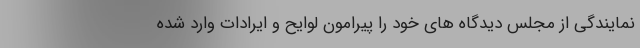
نمایندگی از مجلس دیدگاه های خود را پیرامون لوایح و ایرادات وارد شده